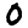
Digit: 0